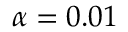
\alpha = 0 . 0 1